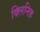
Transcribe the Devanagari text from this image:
क्लिनिक़